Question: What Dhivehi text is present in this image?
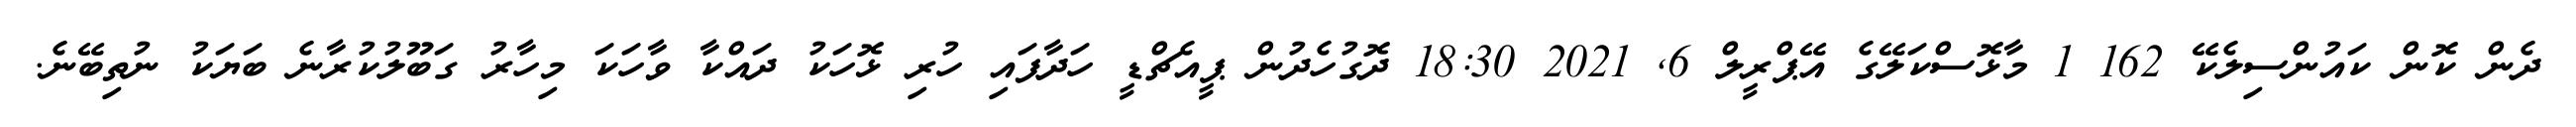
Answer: ދެން ކޮން ކައުންސިލެކޭ 162 1 މާޅޮސްކަލޭގެ އޭޕްރީލް 6, 2021 18:30 ދޮގުހެދުން ޕީއެޗްޑީ ހަދާފައި ހުރި ޅޮހަކު ދައްކާ ވާހަކަ މިހާރު ގަބޫލުކުރާނެ ބަޔަކު ނުތިބޭނެ.